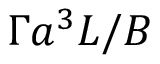
\Gamma a ^ { 3 } L / B